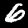
Label: 6